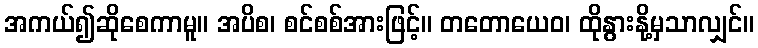
အကယ်၍ဆိုစေကာမူ။ အပိစ၊ စင်စစ်အားဖြင့်။ တတောယေဝ၊ ထိုနွားနို့မှသာလျှင်။